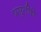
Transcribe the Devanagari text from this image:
प्रसूतीचे